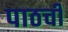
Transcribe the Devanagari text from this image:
पाठची